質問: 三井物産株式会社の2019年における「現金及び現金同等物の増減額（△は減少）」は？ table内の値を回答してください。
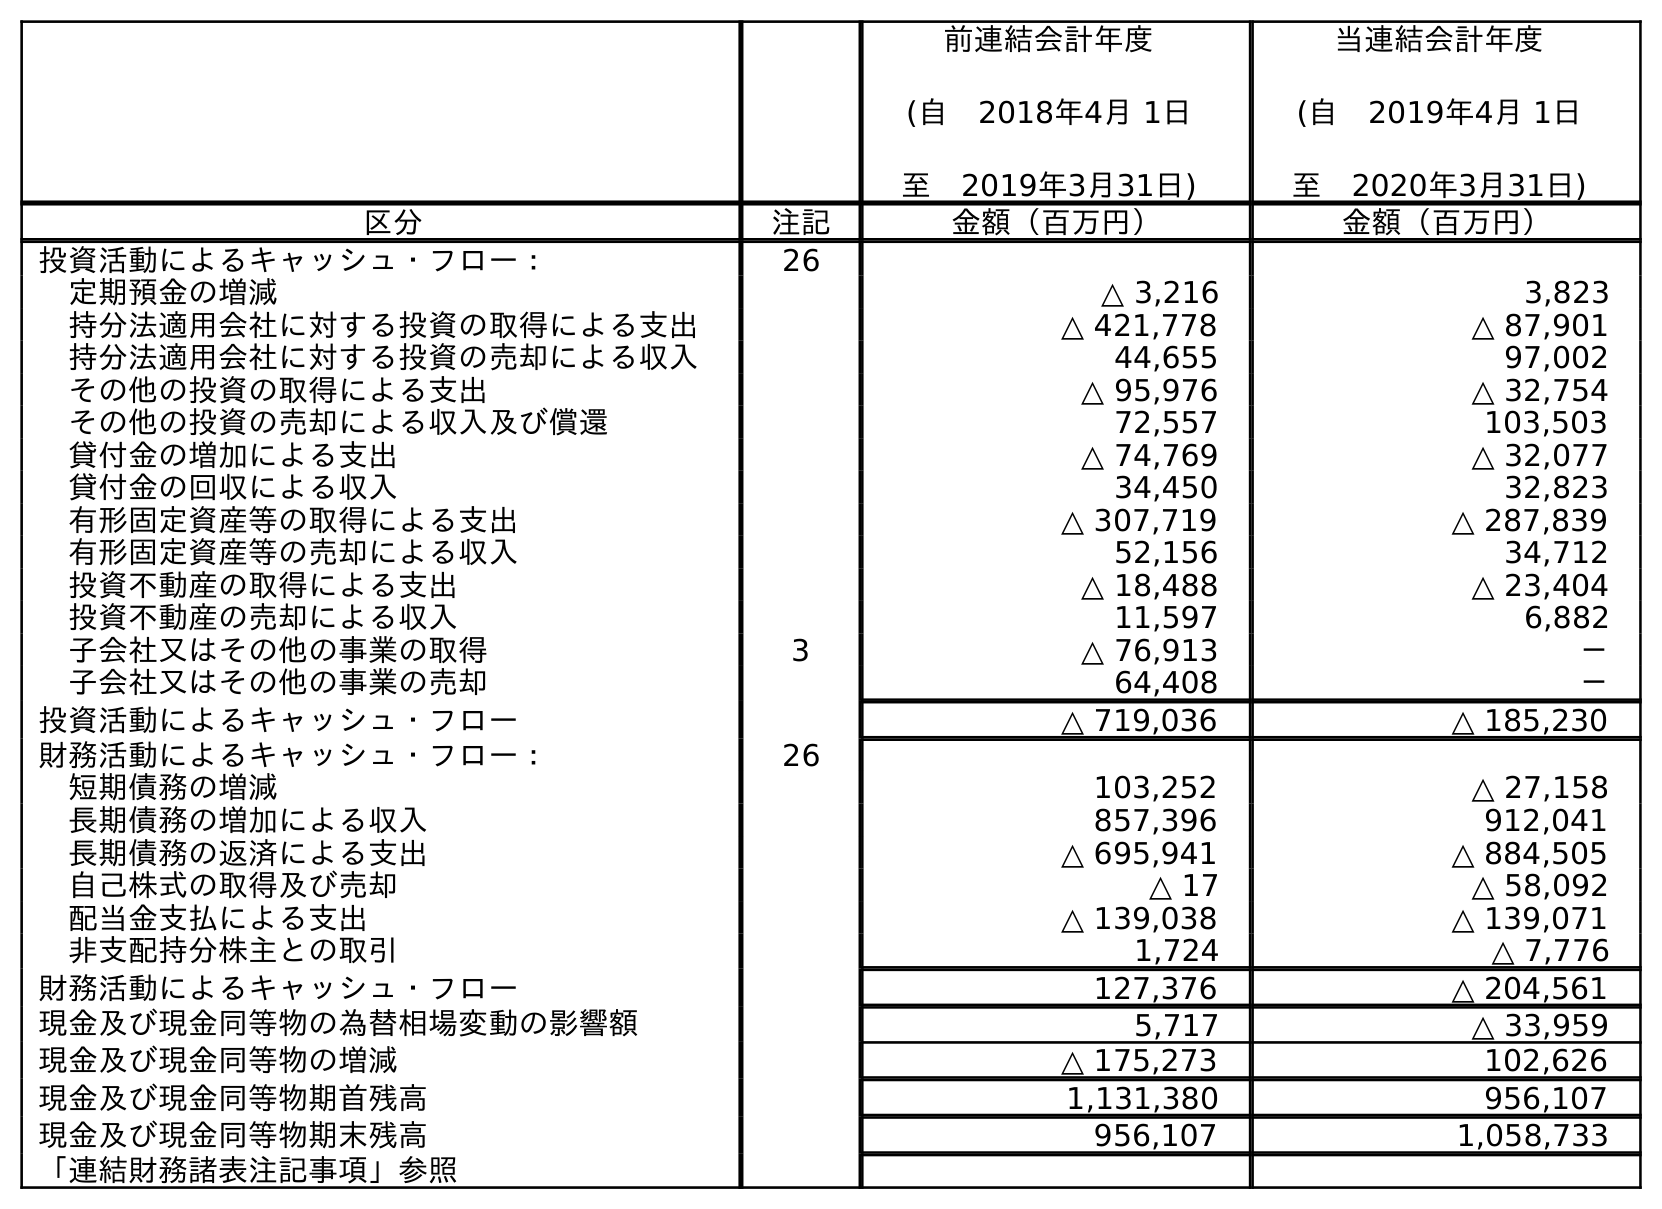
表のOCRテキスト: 前連結会計年度 (自 2018年4月 1日 至 2019年3月31日) 当連結会計年度 (自 2019年4月 1日 至 2020年3月31日) 区分 注記 金額（百万円） 金額（百万円） 投資活動によるキャッシュ・フロー： 26 定期預金の増減 △ 3,216 3,823 持分法適用会社に対する投資の取得による支出 △ 421,778 △ 87,901 持分法適用会社に対する投資の売却による収入 44,655 97,002 その他の投資の取得による支出 △ 95,976 △ 32,754 その他の投資の売却による収入及び償還 72,557 103,503 貸付金の増加による支出 △ 74,769 △ 32,077 貸付金の回収による収入 34,450 32,823 有形固定資産等の取得による支出 △ 307,719 △ 287,839 有形固定資産等の売却による収入 52,156 34,712 投資不動産の取得による支出 △ 18,488 △ 23,404 投資不動産の売却による収入 11,597 6,882 子会社又はその他の事業の取得 3 △ 76,913 － 子会社又はその他の事業の売却 64,408 － 投資活動によるキャッシュ・フロー △ 719,036 △ 185,230 財務活動によるキャッシュ・フロー： 26 短期債務の増減 103,252 △ 27,158 長期債務の増加による収入 857,396 912,041 長期債務の返済による支出 △ 695,941 △ 884,505 自己株式の取得及び売却 △ 17 △ 58,092 配当金支払による支出 △ 139,038 △ 139,071 非支配持分株主との取引 1,724 △ 7,776 財務活動によるキャッシュ・フロー 127,376 △ 204,561 現金及び現金同等物の為替相場変動の影響額 5,717 △ 33,959 現金及び現金同等物の増減 △ 175,273 102,626 現金及び現金同等物期首残高 1,131,380 956,107 現金及び現金同等物期末残高 956,107 1,058,733 「連結財務諸表注記事項」参照
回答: △175,273